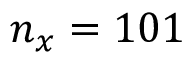
n _ { x } = 1 0 1